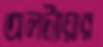
অলট্যায়ার